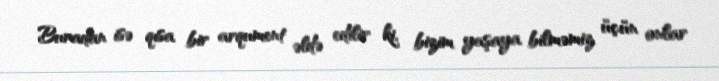
Buradan isə qısa bir arqument əldə edilir ki, bizim yaşaya bilməmiz üçün onlar